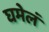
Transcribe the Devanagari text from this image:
घमेलं